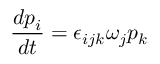
\frac { d p _ { i } } { d t } = \epsilon _ { i j k } \omega _ { j } p _ { k }